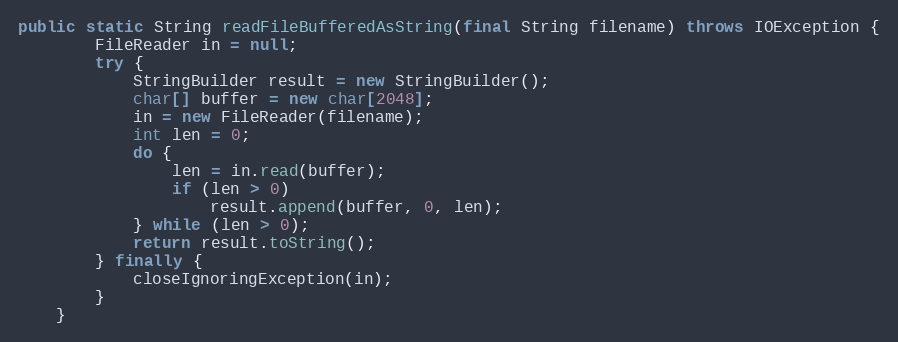
Language: Java
public static String readFileBufferedAsString(final String filename) throws IOException {
		FileReader in = null;
		try {
			StringBuilder result = new StringBuilder();
			char[] buffer = new char[2048];
			in = new FileReader(filename);
			int len = 0;
			do {
				len = in.read(buffer);
				if (len > 0)
					result.append(buffer, 0, len);
			} while (len > 0);
			return result.toString();
		} finally {
			closeIgnoringException(in);
		}
	}